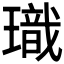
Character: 𪼞